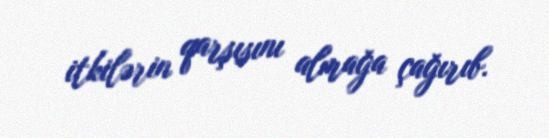
itkilərin qarşısını almağa çağırıb.